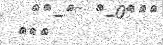
١٠٤